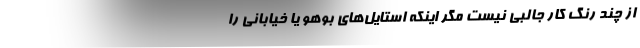
از چند رنگ کار جالبی نیست مگر اینکه استایل‌های بوهو یا خیابانی را